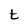
Character: t